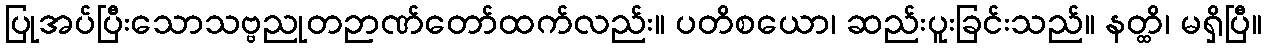
ပြုအပ်ပြီးသောသဗ္ဗညုတဉာဏ်တော်ထက်လည်း။ ပတိစယော၊ ဆည်းပူးခြင်းသည်။ နတ္ထိ၊ မရှိပြီ။